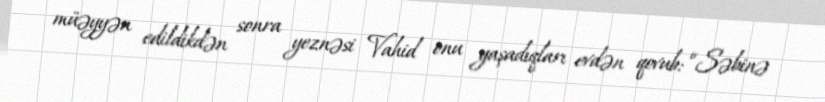
müəyyən edildikdən sonra yeznəsi Vahid onu yaşadıqları evdən qovub: “Səbinə